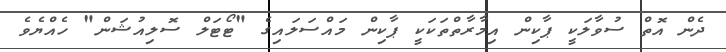
ދެން އޮތް ސުވާލަކީ ޕާކިން އިމާރާތްތަކަކީ ޕާކިން މައްސަލައިގެ "ޓޯޓަލް ސޮލިއުޝަން" ހެއްޔެވެ